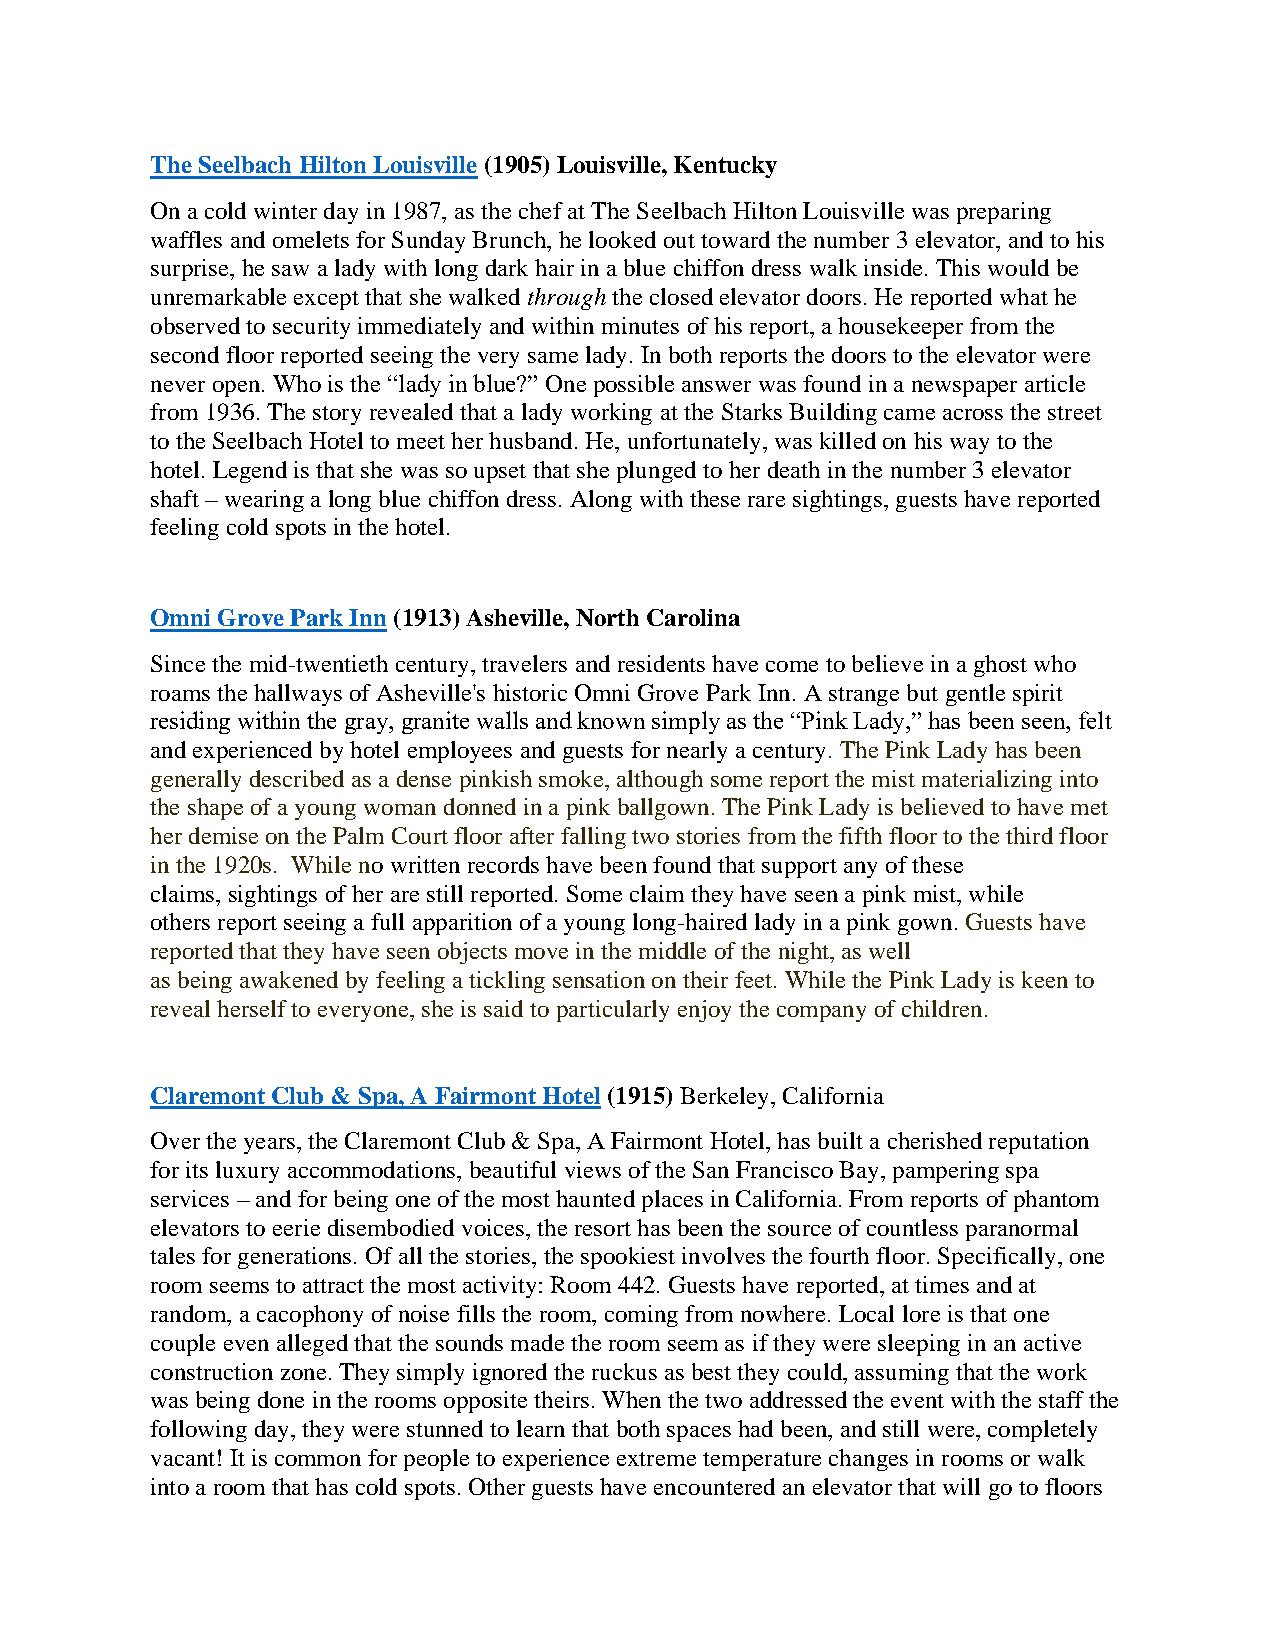
The Seelbach Hilton Louisville (1905) Louisville, Kentucky
 On a cold winter day in 1987, as the chef at The Seelbach Hilton Louisville was preparing
 waffles and omelets for Sunday Brunch, he looked out toward the number 3 elevator, and to his
 surprise, he saw a lady with long dark hair in a blue chiffon dress walk inside. This would be
 unremarkable except that she walked through the closed elevator doors. He reported what he
 observed to security immediately and within minutes of his report, a housekeeper from the
 second floor reported seeing the very same lady. In both reports the doors to the elevator were
 never open. Who is the “lady in blue?” One possible answer was found in a newspaper article
 from 1936. The story revealed that a lady working at the Starks Building came across the street
 to the Seelbach Hotel to meet her husband. He, unfortunately, was killed on his way to the
 hotel. Legend is that she was so upset that she plunged to her death in the number 3 elevator
 shaft – wearing a long blue chiffon dress. Along with these rare sightings, guests have reported
 feeling cold spots in the hotel.
 Omni Grove Park Inn (1913) Asheville, North Carolina
 Since the mid-twentieth century, travelers and residents have come to believe in a ghost who
 roams the hallways of Asheville's historic Omni Grove Park Inn. A strange but gentle spirit
 residing within the gray, granite walls and known simply as the “Pink Lady,” has been seen, felt
 and experienced by hotel employees and guests for nearly a century. The Pink Lady has been
 generally described as a dense pinkish smoke, although some report the mist materializing into
 the shape of a young woman donned in a pink ballgown. The Pink Lady is believed to have met
 her demise on the Palm Court floor after falling two stories from the fifth floor to the third floor
 in the 1920s. While no written records have been found that support any of these
 claims, sightings of her are still reported. Some claim they have seen a pink mist, while
 others report seeing a full apparition of a young long-haired lady in a pink gown. Guests have
 reported that they have seen objects move in the middle of the night, as well
 as being awakened by feeling a tickling sensation on their feet. While the Pink Lady is keen to
 reveal herself to everyone, she is said to particularly enjoy the company of children.
 Claremont Club & Spa, A Fairmont Hotel (1915) Berkeley, California
 Over the years, the Claremont Club & Spa, A Fairmont Hotel, has built a cherished reputation
 for its luxury accommodations, beautiful views of the San Francisco Bay, pampering spa
 services – and for being one of the most haunted places in California. From reports of phantom
 elevators to eerie disembodied voices, the resort has been the source of countless paranormal
 tales for generations. Of all the stories, the spookiest involves the fourth floor. Specifically, one
 room seems to attract the most activity: Room 442. Guests have reported, at times and at
 random, a cacophony of noise fills the room, coming from nowhere. Local lore is that one
 couple even alleged that the sounds made the room seem as if they were sleeping in an active
 construction zone. They simply ignored the ruckus as best they could, assuming that the work
 was being done in the rooms opposite theirs. When the two addressed the event with the staff the
 following day, they were stunned to learn that both spaces had been, and still were, completely
 vacant! It is common for people to experience extreme temperature changes in rooms or walk
 into a room that has cold spots. Other guests have encountered an elevator that will go to floors